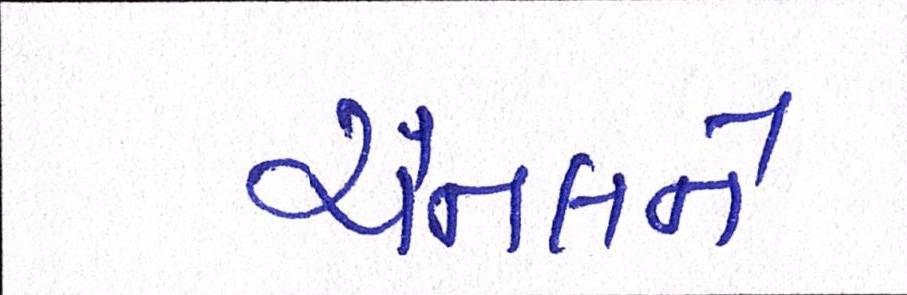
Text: ચેનલને